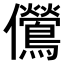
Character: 𫤔